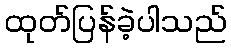
ထုတ်ပြန်ခဲ့ပါသည်